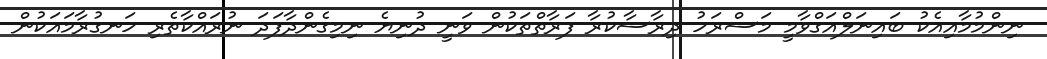
ނިންމުމާއިއެކު ބައިނަލްއަގްވާމީ މަސްރަހު ދިރާސާކުރާ ފަރާތްތަކުން ވަނީ ދުނިޔެ ނިމިގެންދާފަދަ ނުރައްކާތެރި ހަނގުރާމައަކުން